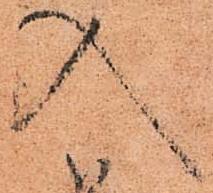
入